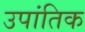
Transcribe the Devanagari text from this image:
उपांतिक